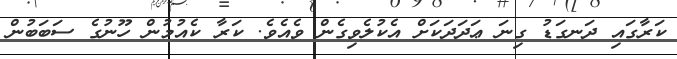
ކަރާގައި ދަނގަޑު ގިނަ ޢަދަދަކަށް އެކުލެވިގެން ވެއެވެ. ކަރާ ކެއުމުން ހޫނުގެ ސަބަބުން